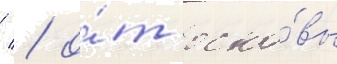
/ / о́т осно́вы